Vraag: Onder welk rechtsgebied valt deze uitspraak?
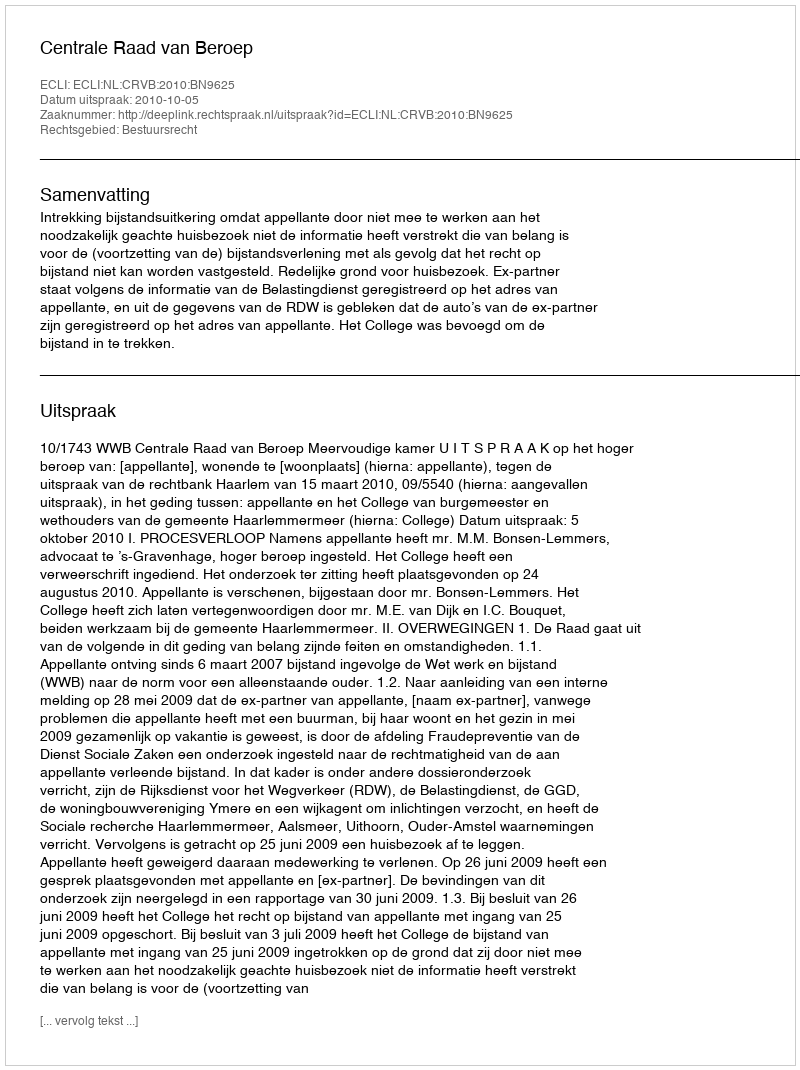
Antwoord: Bestuursrecht